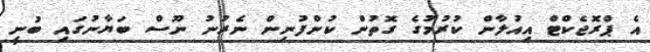
އެ ޕްރޮޖެކްޓް އިއުލާން ކުރުމުގެ ގޮތުން ކުންފުނިން ނެރުނު ނޫސް ބަޔާނުގައި ބުނީ